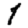
Digit: 1